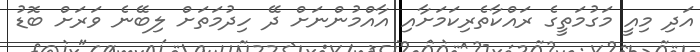
އަދި މިއީ މަގުމަތީގެ ރައްކާތެރިކަމަށާއި އާއްމުންނަށް ދޭ ހިދުމަތަށް ލިބޭނެ ވަރަށް ބޮޑު